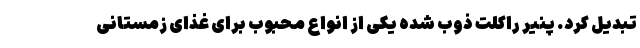
تبدیل کرد. پنیر راکلت ذوب شده یکی از انواع محبوب برای غذای زمستانی